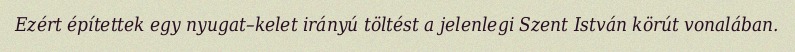
Ezért építettek egy nyugat–kelet irányú töltést a jelenlegi Szent István körút vonalában.